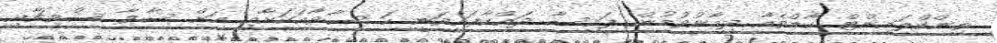
ތިންކްލައިންޓް ހާޑްވެއާ ދިމާނުވުމުން ފައިސާ ދައްކާފައިވަނީ ހަ ސާވާއަކަށާއި އަށް ސާވާ ސްވިޗާއި